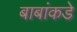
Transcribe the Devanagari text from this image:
बाबांकडे